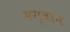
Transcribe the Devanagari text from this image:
सग्वान